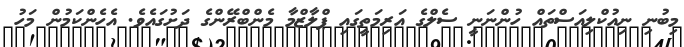
މިބުނި ނިއުކްލިއަސްތައް ހުންނަނީ ސެލްގެ އަރިމަތީގައި ޕްލާޒްމާ މެންބްރޭންގެ ދަށުގައެވެ. އެހެންކަމުން މަހު